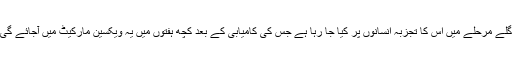
اگلے مرحلے میں اس کا تجزبہ انسانوں پر کیا جا رہا ہے جس کی کامیابی کے بعد کچھ ہفتوں میں یہ ویکسین مارکیٹ میں آجائے گی۔